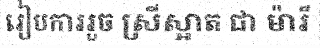
រៀបការរួច ស្រីស្អាត ជា ម៉ារី